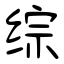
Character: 综